Calcutta medical institutions reports 1871-78
Year: 1871
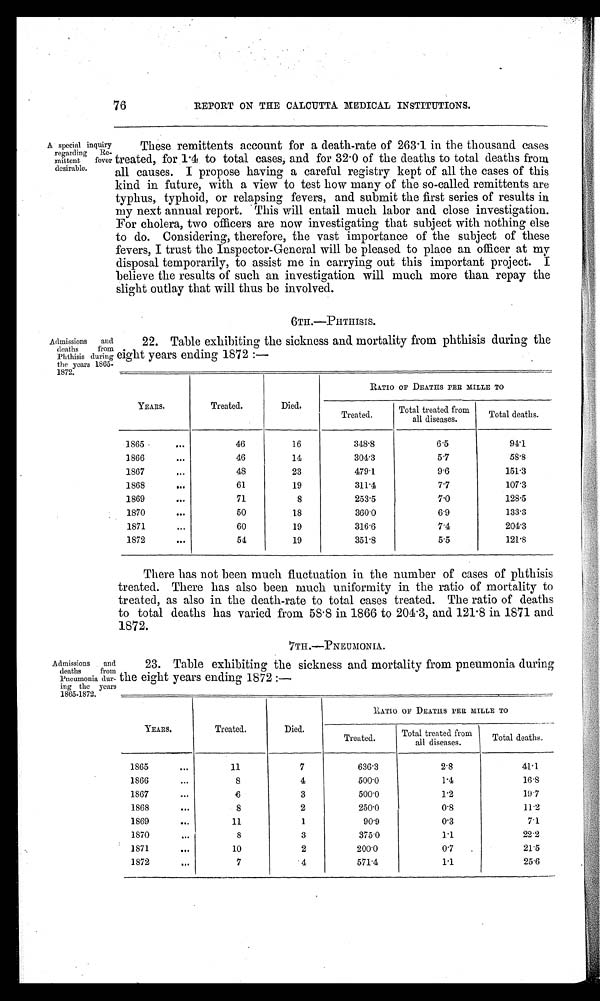
7 6
REPORT ON THE CALCUTTA MEDICAL INSTITUTIONS.
A special inquiry
regarding Re-
mittent fever
desirable.
These remittents account for a death-rate of 263 . 1 in the thousand cases
treated, for 1 .4 to total cases, and for 32 . 0 of the deaths to total deaths from
all causes. I propose having a careful registry kept of all the cases of this
kind in future, with a view to test how many of the so-called remittents are
typhus, typhoid, or relapsing fevers, and submit the first series of results in
my next annual report. • This will entail much labor and close investigation.
For cholera, two officers are now investigating that subject with nothing else
to do. Considering, therefore, the vast importance of the subject of these
fevers, I trust the Inspector-General will be pleased to place an officer at my
disposal temporarily, to assist me in carrying out this important project. I
believe the results of such an investigation will much more than repay the
slight outlay that will thus be involved.
Admissions and
22. Table exhibiting the sickness and mortality from phthisis during the
deaths
from
Phthisis during eight years ending 1872 :-
the years 1865-
YEARS.
Treated.
Died.
RATIO OF DEATHS PER MILLE TO
Treated.
Total treated from
a all diseases.
'total deaths.
1865 •
•••
46
16
348.8
6.5
94'1
1866
...
46
14
304.3
5.7
58.8
1867
,..
48
23
479.1
9.6
151.3
1868
...
61
19
311'4
7'7
107'3
1869
•••
71
8
253'5
7'0
128.5
1870
•••
50
18
360.0
6.9
133'3
1871
Sol
60
19
3166
7.4
204'3
1872
...
51
19
351'8
5.5
121.8
There has not been much fluctuation in the number of cases of phthisis
treated. There has also been much uniformity in the ratio of mortality to
treated, as also in the death-rate to total cases treated. The ratio of deaths
to total deaths has varied from 58 . 8 in 1866 to 201 . 3, and 121 . 8 in 1871 and
1872.
7TH.-PNEIIMONIA.
Admissions and
23. Table exhibiting the sickness and mortality from pneumonia during
deaths
from
Pneumonia dur- the eight years ending 1872 :-
ing the _ years
---• -
YEARS.
Treated.
Died.
___
liATIO OF DEATHS PER MILLE TO
Treated.
Total treated from
all diseases.
Total deaths.
1865
kb.
11
7
636'3
2.8
41.1
1866...
s
4
500.0
1'4
16.8
1867
0••
‘6
3
5000
1'2
10-7
1868
•..
8
2
250.0
0'8
11-2
1869
•••
11
1
90.9
0'3
7.1
1S70
•••
8
3
375.0
1'1
22-2
1S71
IDS,
10
2
200.0
0.7
.
21.5
1872
GOO
..-.---
7
• 4
571.4
1.1
25.6
r